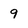
Character: 9